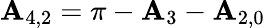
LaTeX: {\mathbf{A}_{4,2}}=\pi-{\mathbf{A}_{3}}-{\mathbf{A}_{2,0}}